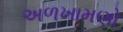
અળખામણો